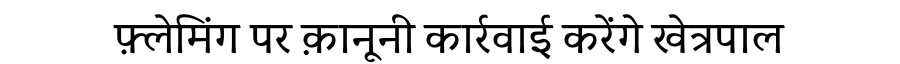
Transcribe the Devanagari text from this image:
फ़्लेमिंग पर क़ानूनी कार्रवाई करेंगे खेत्रपाल